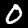
Digit: 0